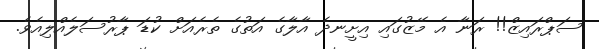
ސަޕްރައިޒް!! ރަނާ އެ މޭޒުގައި އިށީނދެ އާލާގެ އަތުގެ ތެރެއަށް ކުޑަ ޕާރުސަލެއްލިއެވެ.